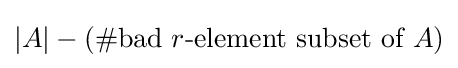
|A|-(\#{\text{bad }}r{\text{-element subset of }}A)